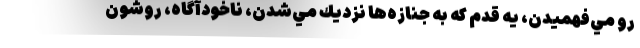
رو مي‌فهميدن، يه قدم كه به جنازه‌ها نزديك مي‌شدن، ناخودآگاه، روشون